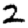
Digit: 2